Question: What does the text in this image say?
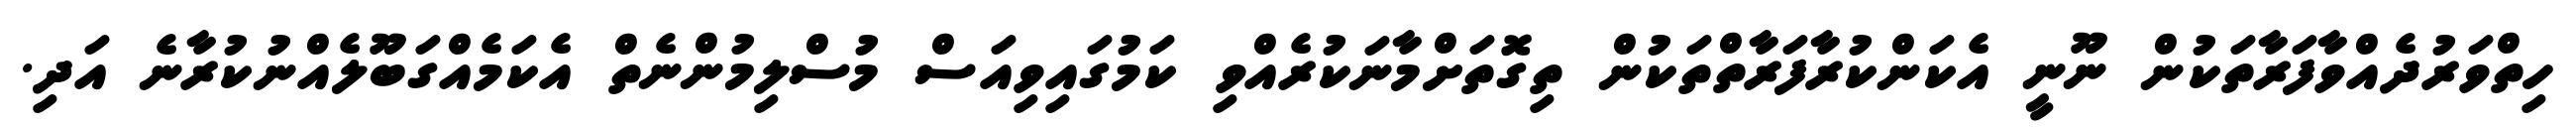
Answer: ހިތްވަރުދެއްވާފަރާތަކުން ނޫނީ އެކަންކުރާފަރާތްތަކުން ތިގޮތަށްމާނަކުރެއްވި ކަމުގައިވިއަސް މުސްލިމުންނެތް އެކަމެއްގަބޫލެއްނުކުރާނެ އަދި.